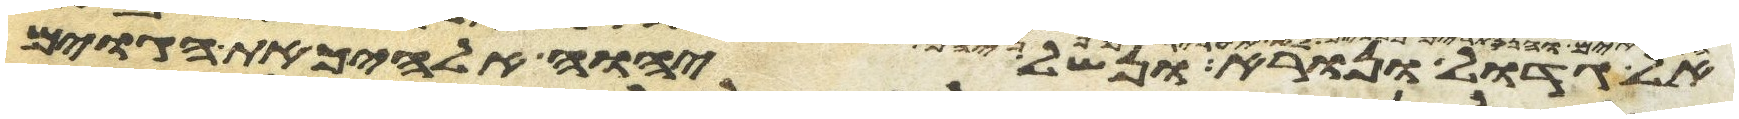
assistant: אל גדול ונורא ונשל יהוה אלהיך את הגוים